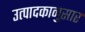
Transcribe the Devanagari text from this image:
उत्पादकानुसार